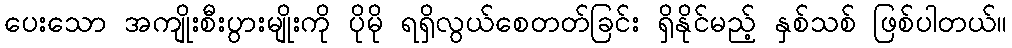
ပေးသော အကျိုးစီးပွားမျိုးကို ပိုမို ရရှိလွယ်စေတတ်ခြင်း ရှိနိုင်မည့် နှစ်သစ် ဖြစ်ပါတယ်။